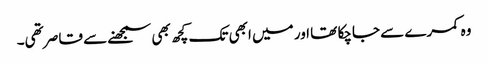
وہ کمرے سے جاچکا تھا اور میں ابھی تک کچھ بھی سمجھنے سے قاصر تھی۔